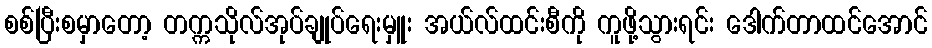
စစ်ပြီးစမှာတော့ တက္ကသိုလ်အုပ်ချုပ်ရေးမှူး အယ်လ်ထင်းစီကို ကူဖို့သွားရင်း ဒေါက်တာထင်အောင်